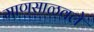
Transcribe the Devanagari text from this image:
माणसाळवले